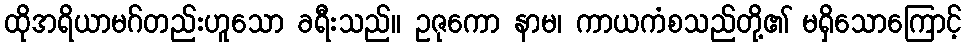
ထိုအရိယာမဂ်တည်းဟူသော ခရီးသည်။ ဥဇုကော နာမ၊ ကာယကံစသည်တို့၏ မရှိသောကြောင့်